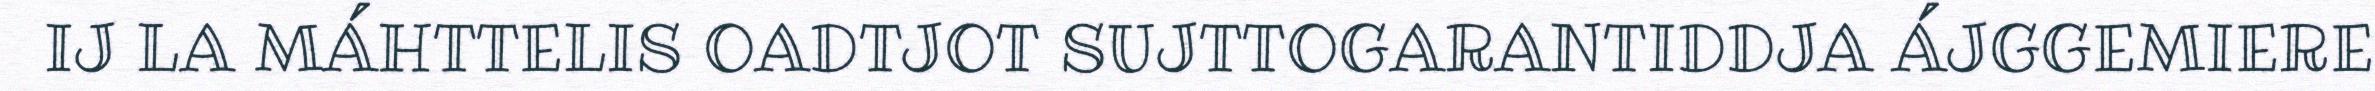
IJ LA MÁHTTELIS OADTJOT SUJTTOGARANTIDDJA ÁJGGEMIERE